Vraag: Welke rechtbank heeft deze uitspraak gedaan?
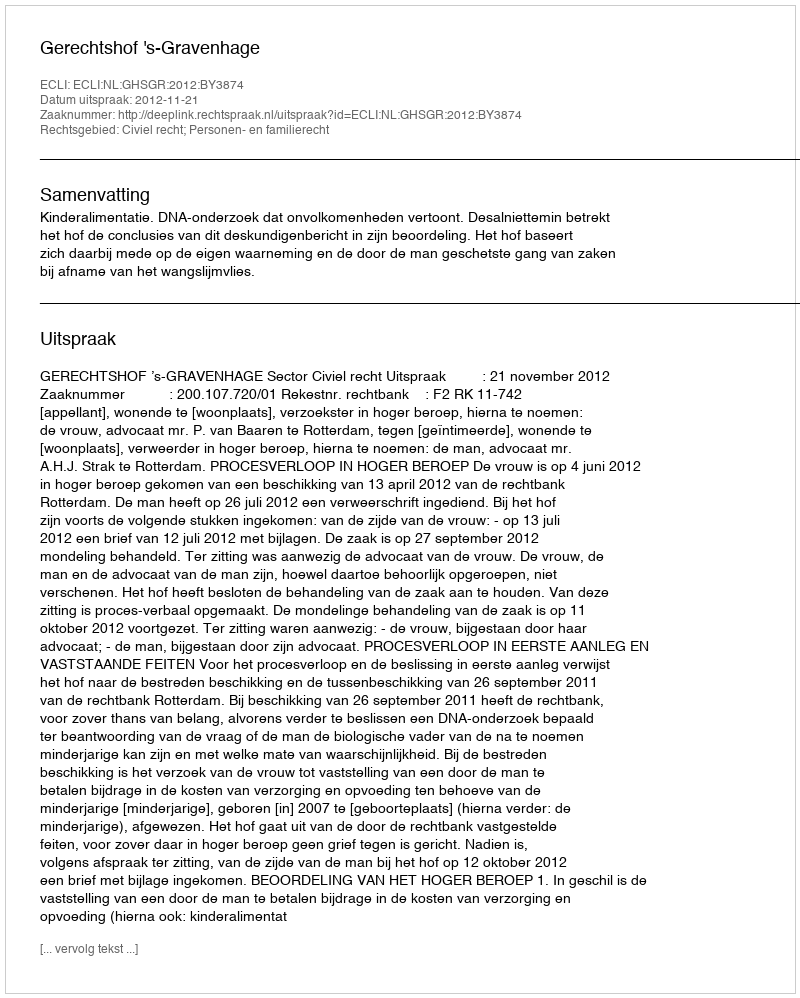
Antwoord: Gerechtshof 's-Gravenhage